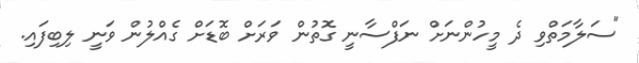
"ސަލާމަތްވި ދެ މީހުންނަށް ނަފްސާނީ ގޮތުން ވަރަށް ބޮޑަށް ގެއްލުން ވަނީ ލިބިފައި.